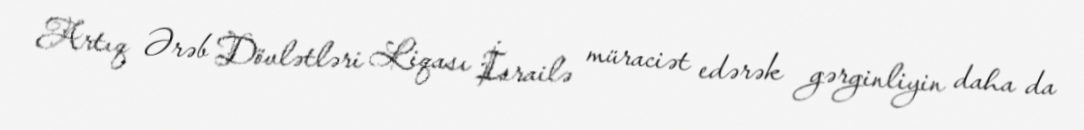
Artıq Ərəb Dövlətləri Liqası İsrailə müraciət edərək gərginliyin daha da